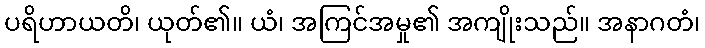
ပရိဟာယတိ၊ ယုတ်၏။ ယံ၊ အကြင်အမှု၏ အကျိုးသည်။ အနာဂတံ၊